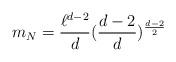
LaTeX: \begin{align*}m_{N}=\frac{\ell ^{d-2}}{d}(\frac{d-2}{d})^{\frac{d-2}{2}} \end{align*}